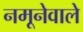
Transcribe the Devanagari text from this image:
नमूनेवाले